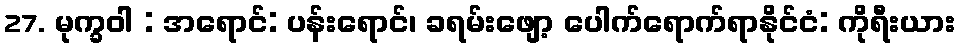
27. မုက္ခဝါ : အရောင်: ပန်းရောင်၊ ခရမ်းဖျော့ ပေါက်ရောက်ရာနိုင်ငံ: ကိုရီးယား